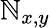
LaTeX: \mathbb{N}_{x,y}